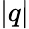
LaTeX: \left|q\right|